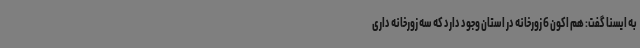
به ایسنا گفت: هم اکون 6 زورخانه در استان وجود دارد که سه زورخانه داری